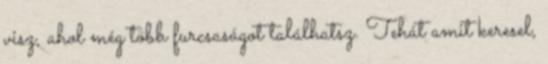
visz, ahol még több furcsaságot találhatsz. Tehát amit keresel,